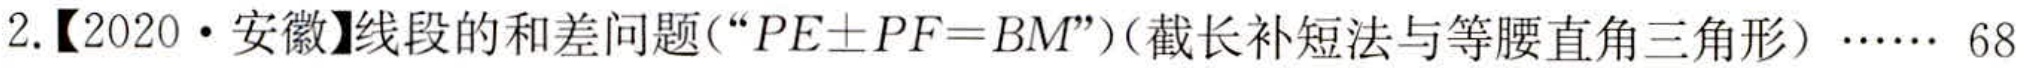
2.【2020·安徽】线段的和差问题(“\(PE\pm PF = BM\)”)（截长补短法与等腰直角三角形）…… 68